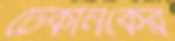
টেকনিকের